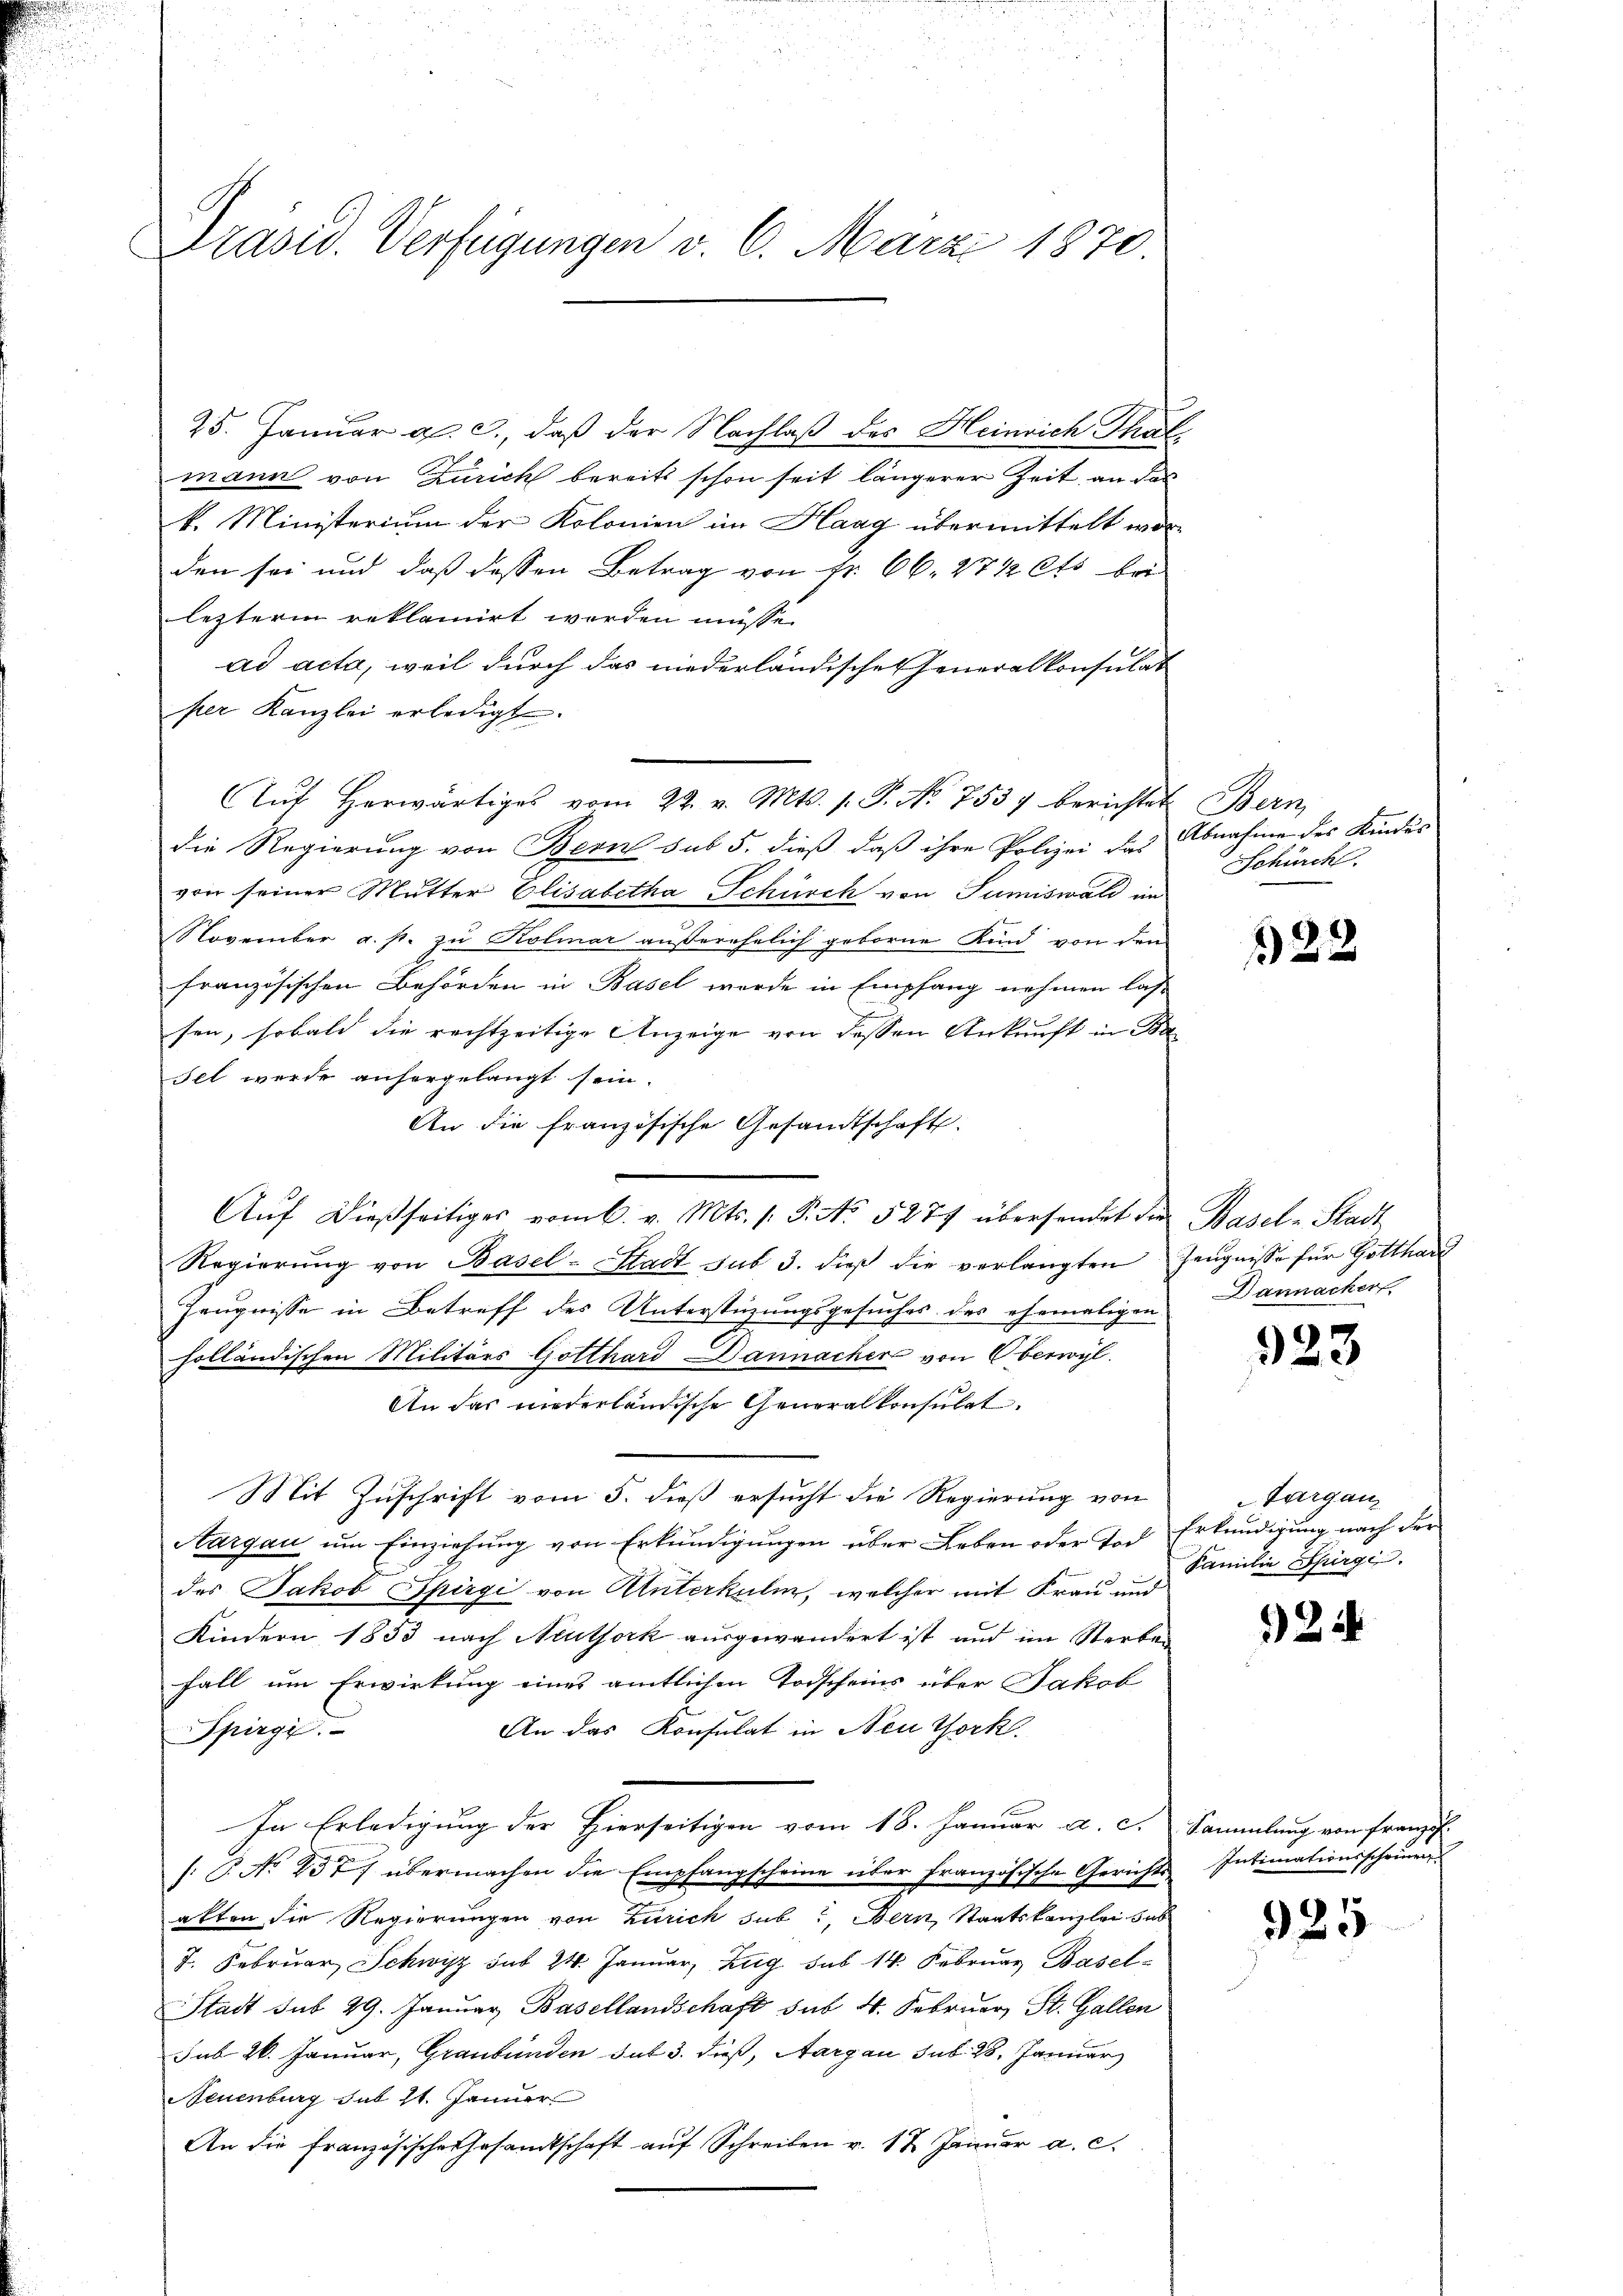
Präsid. Verfügungen v. 6. März 1870.

25. Januar a. c., daß der Nachlaß des Heinrich Thalmann von Zürich bereits schon seit längerer Zeit, an das
k. Ministerium der Kolonien im Haag übermittelt worden sei und daß dessen Betrag von Fr. 66. 47 1/2 Cts. bei
lezterm reklamirt werden müsse.
ad acta, weil durch das niederländisches Generalkonsulat
per Kanzlei erledigt.
Aŭf herwärtiges vom 22. v. Mts. s. P. Nr. 7537 berichtet Bern,
die Regierung von Bern sub 5. dieß, daß ihre Polizei das Abnahme des Kindes
von seiner Mutter Elisabetha Schürch von Sumiswald in
Noverüber a. p. zu Kolinar außerehelich geborne Kind von den
französischen Behörden in Basel werde in Empfang nehmen las-
sen, sobald die rechtzeitige Anzeige von dessen Ankunft in Ba
Ilt wurde anhergelangt sein.
An die französische Gesandtschaft.
Aŭf dießseitiges vom 6. v. Mts. 1. P. No. 5277 übersendet die Basel-Stadt
Regierŭng von Basel-Stadt sub 3. dieß die verlangten Zeugnisse für Gotthard
Zeugnisse in Betreff des Unterstüzungsgesuches des ehemaligen
holländischen Militärs Gotthard Dannacher von Oberwyl
An das niederländische Generalkonsulat
Mit Zuschrift vom 5. dieß ersucht die Regierung von
Nargau um Einziehung von Erkundigungen über Leben oder Tod. Erkundigung nach der
des Jakob Spirgi von Unterkulm, welcher mit Frau und
Kindern 1853 nach Neuthork ausgewandert ist und im Sterben
Fall um Erwirkung eines amtlichen Todscheins über Jakob
An das Konsulat in Neuthork
Spirgi.
In Erledigung der Hierseitigen vom 18. Januar a. c. Sammlung von Franzis
/: T. No 237 übermachen die Empfangscheine über französische Gerichtsalten die Regierungen von Zürich sub: Bern, Staatskanzlei sub
T. Februar, Schwyz sub 24. Januar, Zug sub 14. Februar Basel¬
Stadt sub 29. Januar Basellandschaft sub. 4. Februar, St. Gallen
sub 26. Januar, Graubünden sub 3. dieß, Aargau sub. 28. Januar
Neuenburg sub 11. Jänner
An die Französische Gesandtschaft aŭf Schreiben v. 12 Januar a. c.

Schürch.

22

Dannacker

323

Aargau,
Familie Spirge

2

Intimationsscheinen

925